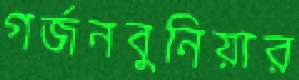
গর্জনবুনিয়ার